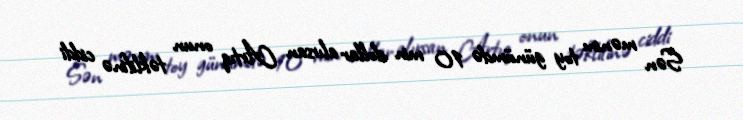
Sən mənim toy günümdə 10 min dollar alırsan Artıq onun təklifinə ciddi